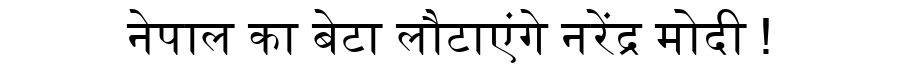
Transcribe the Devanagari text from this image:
नेपाल का बेटा लौटाएंगे नरेंद्र मोदी !